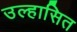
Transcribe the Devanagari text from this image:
उल्हासित